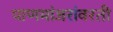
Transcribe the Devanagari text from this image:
पाणमांजरांवरती